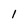
Character: I